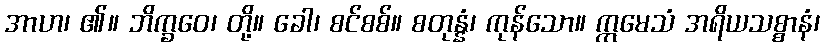
အာဟ၊ ၏။ ဘိက္ခဝေ၊ တို့။ ခေါ၊ စင်စစ်။ စတုန္နံ၊ ကုန်သော။ ဣမေသံ အရိယသစ္စာနံ၊